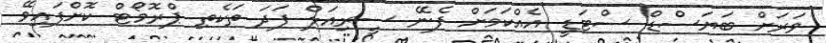
ވަރަށް ބަޔަސްޑް ސްޓަޑީ އެއްކަމަށް ފެނޭ ސީރިއަލް ފަދަ ތަކެތި ޕްރޮމޯޓް ކޮށްފައިވޭ